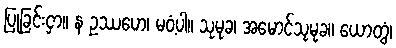
ပြုခြင်းငှာ။ န ဥဿဟေ၊ မဝံ့ပါ။ သုမုခ၊ အမောင်သုမုခ။ ယောတွံ၊